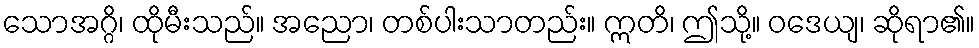
သောအဂ္ဂိ၊ ထိုမီးသည်။ အညော၊ တစ်ပါးသာတည်း။ ဣတိ၊ ဤသို့။ ဝဒေယျ၊ ဆိုရာ၏။